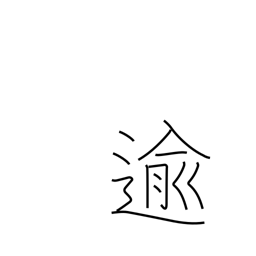
Meaning: pass